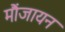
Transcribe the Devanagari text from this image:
मौंजायन